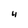
Character: 4